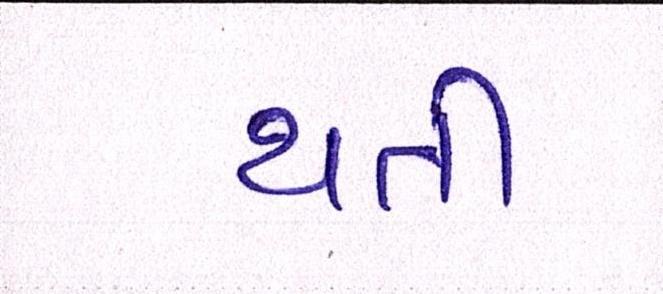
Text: થતી